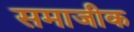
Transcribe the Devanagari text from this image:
समाजीक